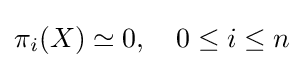
\pi _{i}(X)\simeq 0,\quad 0\leq i\leq n